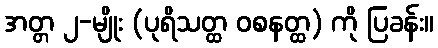
အတ္တ ၂-မျိုး (ပုရိသတ္ထ ဝစနတ္ထ) ကို ပြခန်း။